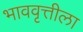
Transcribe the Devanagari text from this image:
भाववृत्तीला